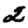
Digit: 2